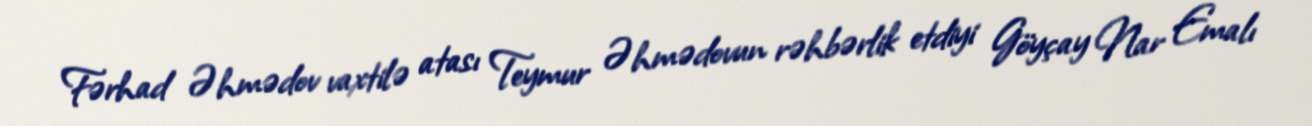
Fərhad Əhmədov vaxtilə atası Teymur Əhmədovun rəhbərlik etdiyi Göyçay Nar Emalı